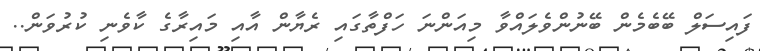
ފައިސަލް ބޭބެމެން ބޭނުންވެލައްވާ މިއަންނަ ހަފްތާގައި ރެޔާން އާއި މައިރާގެ ކާވެނި ކުރުވަން..